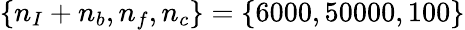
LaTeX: \{ n_{I}+n_{b},n_{f},n_{c}\} =\{ 6000,50000,100\}